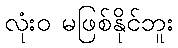
လုံးဝ မဖြစ်နိုင်ဘူး